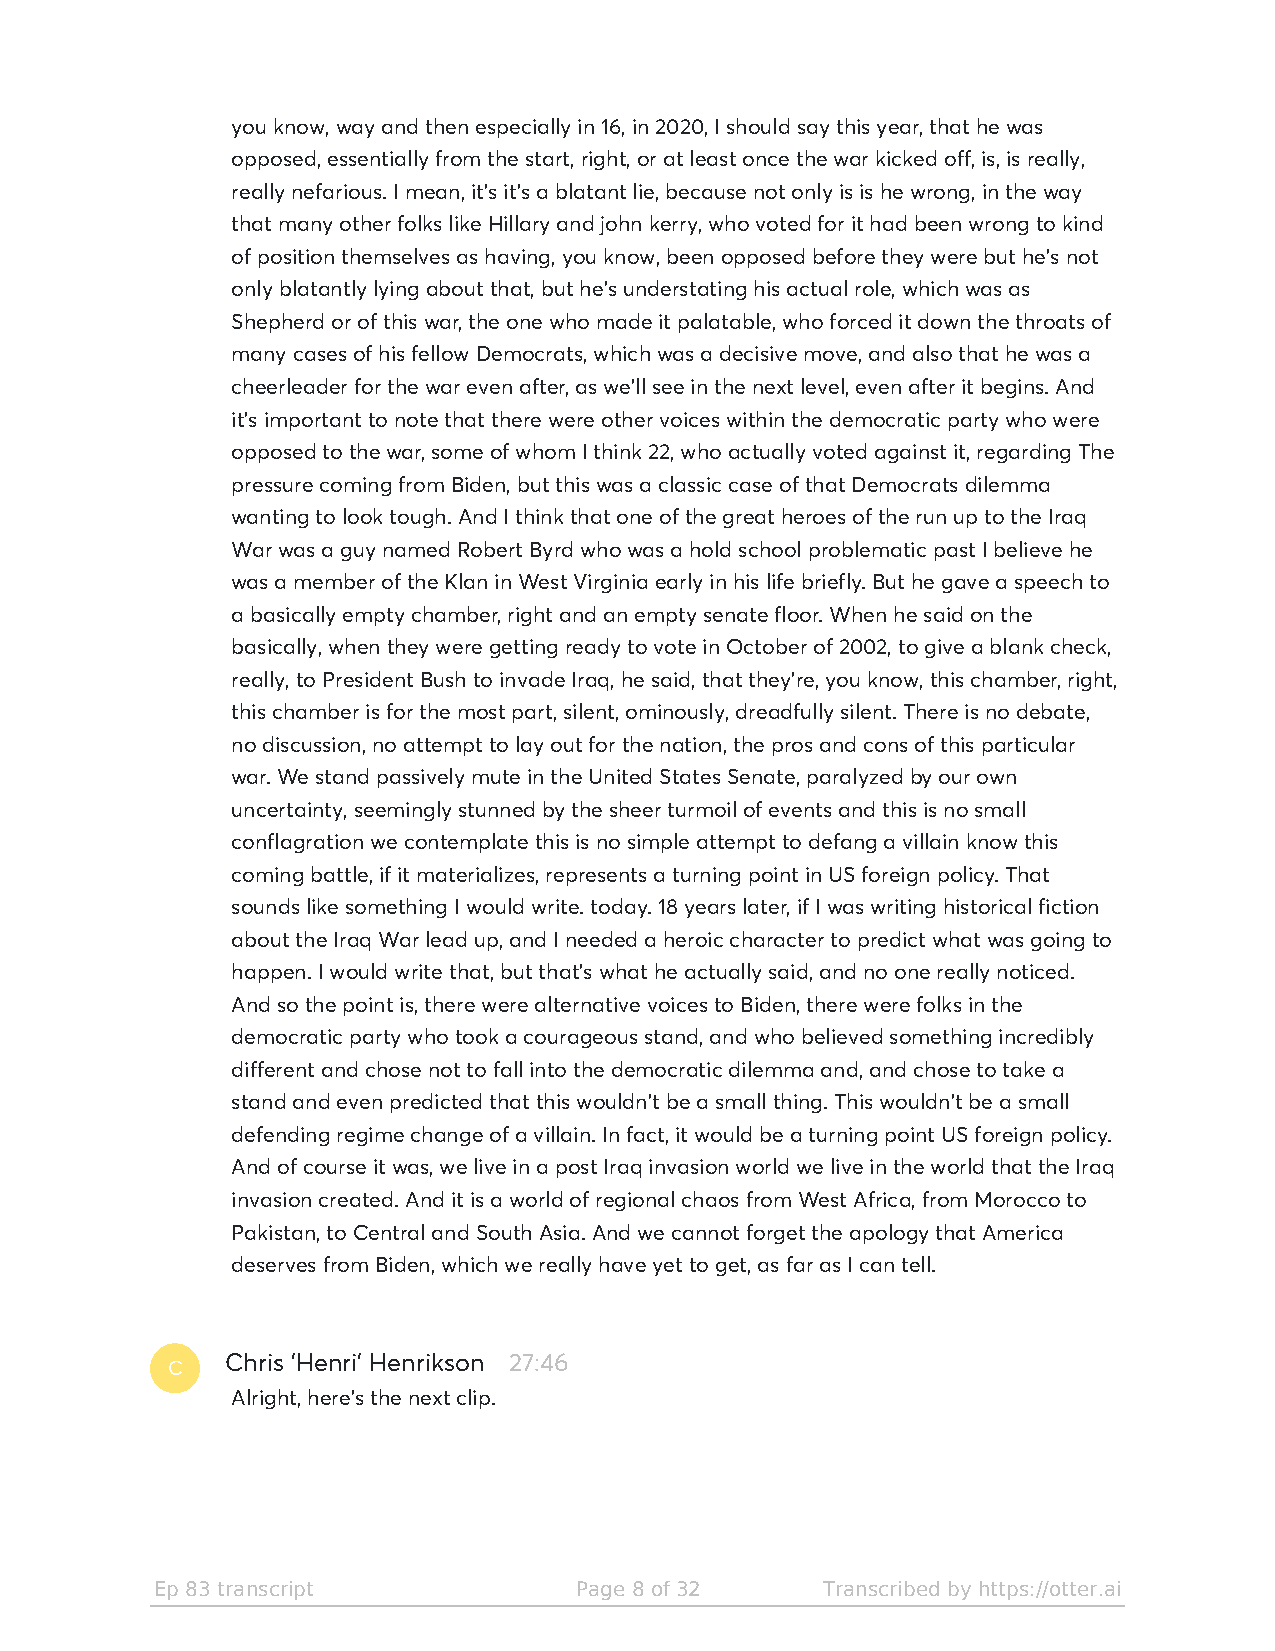
you know, way and then especially in 16, in 2020, I should say this year, that he was
 opposed, essentially from the start, right, or at least once the war kicked off, is, is really,
 really nefarious. I mean, it's it's a blatant lie, because not only is is he wrong, in the way
 that many other folks like Hillary and john kerry, who voted for it had been wrong to kind
 of position themselves as having, you know, been opposed before they were but he's not
 only blatantly lying about that, but he's understating his actual role, which was as
 Shepherd or of this war, the one who made it palatable, who forced it down the throats of
 many cases of his fellow Democrats, which was a decisive move, and also that he was a
 cheerleader for the war even after, as we'll see in the next level, even after it begins. And
 it's important to note that there were other voices within the democratic party who were
 opposed to the war, some of whom I think 22, who actually voted against it, regarding The
 pressure coming from Biden, but this was a classic case of that Democrats dilemma
 wanting to look tough. And I think that one of the great heroes of the run up to the Iraq
 War was a guy named Robert Byrd who was a hold school problematic past I believe he
 was a member of the Klan in West Virginia early in his life briefly. But he gave a speech to
 a basically empty chamber, right and an empty senate floor. When he said on the
 basically, when they were getting ready to vote in October of 2002, to give a blank check,
 really, to President Bush to invade Iraq, he said, that they're, you know, this chamber, right,
 this chamber is for the most part, silent, ominously, dreadfully silent. There is no debate,
 no discussion, no attempt to lay out for the nation, the pros and cons of this particular
 war. We stand passively mute in the United States Senate, paralyzed by our own
 uncertainty, seemingly stunned by the sheer turmoil of events and this is no small
 conflagration we contemplate this is no simple attempt to defang a villain know this
 coming battle, if it materializes, represents a turning point in US foreign policy. That
 sounds like something I would write. today. 18 years later, if I was writing historical fiction
 about the Iraq War lead up, and I needed a heroic character to predict what was going to
 happen. I would write that, but that's what he actually said, and no one really noticed.
 And so the point is, there were alternative voices to Biden, there were folks in the
 democratic party who took a courageous stand, and who believed something incredibly
 different and chose not to fall into the democratic dilemma and, and chose to take a
 stand and even predicted that this wouldn't be a small thing. This wouldn't be a small
 defending regime change of a villain. In fact, it would be a turning point US foreign policy.
 And of course it was, we live in a post Iraq invasion world we live in the world that the Iraq
 invasion created. And it is a world of regional chaos from West Africa, from Morocco to
 Pakistan, to Central and South Asia. And we cannot forget the apology that America
 deserves from Biden, which we really have yet to get, as far as I can tell.
 C
 Chris 'Henri' Henrikson 27:46
 Alright, here's the next clip.
 Ep 83 transcript            Page 8 of 32    Transcribed by https://otter.ai